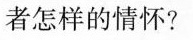
者怎样的情怀？